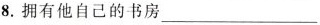
8.拥有他自己的书房___